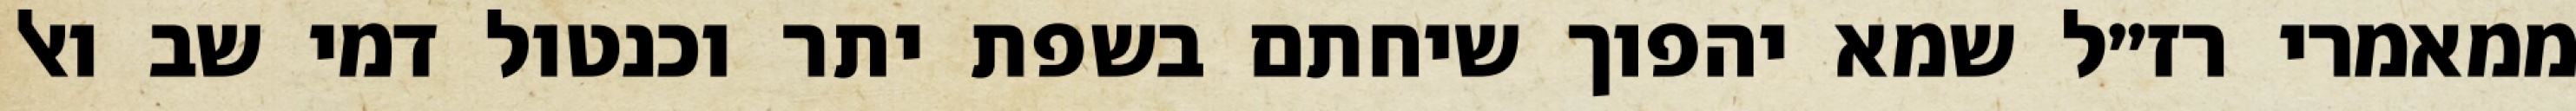
ממאמרי רז״ל שמא יהפוך שיחתם בשפת יתר וכנטול דמי שב ואל